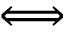
\Longleftrightarrow